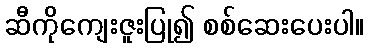
ဆီကိုကျေးဇူးပြု၍ စစ်ဆေးပေးပါ။